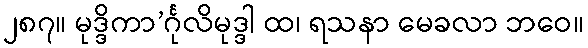
၂၈၇။ မုဒ္ဒိကာ’င်္ဂုလိမုဒ္ဒါ ထ၊ ရသနာ မေခလာ ဘဝေ။